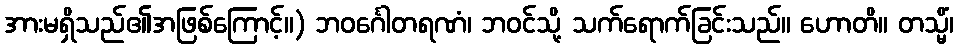
အားမရှိသည်၏အဖြစ်ကြောင့်။) ဘဝင်္ဂေါတရဏံ၊ ဘဝင်သို့ သက်ရောက်ခြင်းသည်။ ဟောတိ။ တသ္မိံ၊